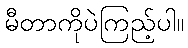
မီတာကိုပဲကြည့်ပါ။